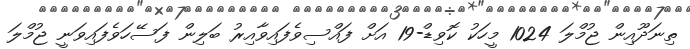
ތިނަދޫއިން ޖުމްލަ 1024 މީހަކު ކޮވިޑް-19 އަށް ފައްސިވެފައިވާއިރު ބަލިން ފަސޭހަވެފައިވަނީ ޖުމްލަ